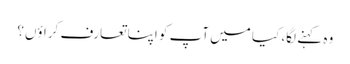
وہ کہنے لگا، کیا میں آپ کو اپنا تعارف کراؤں؟